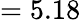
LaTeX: =5.18